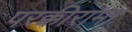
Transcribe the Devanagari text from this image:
परक्कीरामा